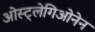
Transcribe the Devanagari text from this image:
ओस्ट्लेगिओनेन